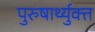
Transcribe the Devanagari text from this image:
पुरुषार्थ्युक्त